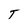
Character: T